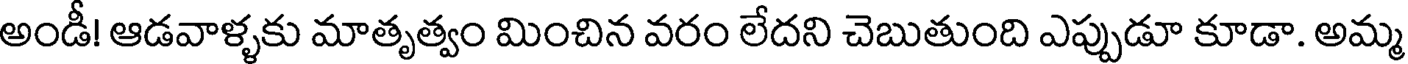
అండీ! ఆడవాళ్ళకు మాతృత్వం మించిన వరం లేదని చెబుతుంది ఎప్పుడూ కూడా. అమ్మ